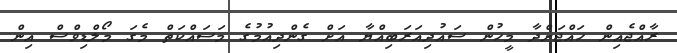
ރާއްޖެއިން ހައްޖަށްދާ މީހުން ސައުދިއަރަބިއްޔާ އަށް ގެންދިއުމުގެ މަސައްކަތް މެގަ މޯލްޑިވްސް އިން